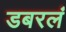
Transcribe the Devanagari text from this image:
डबरलं